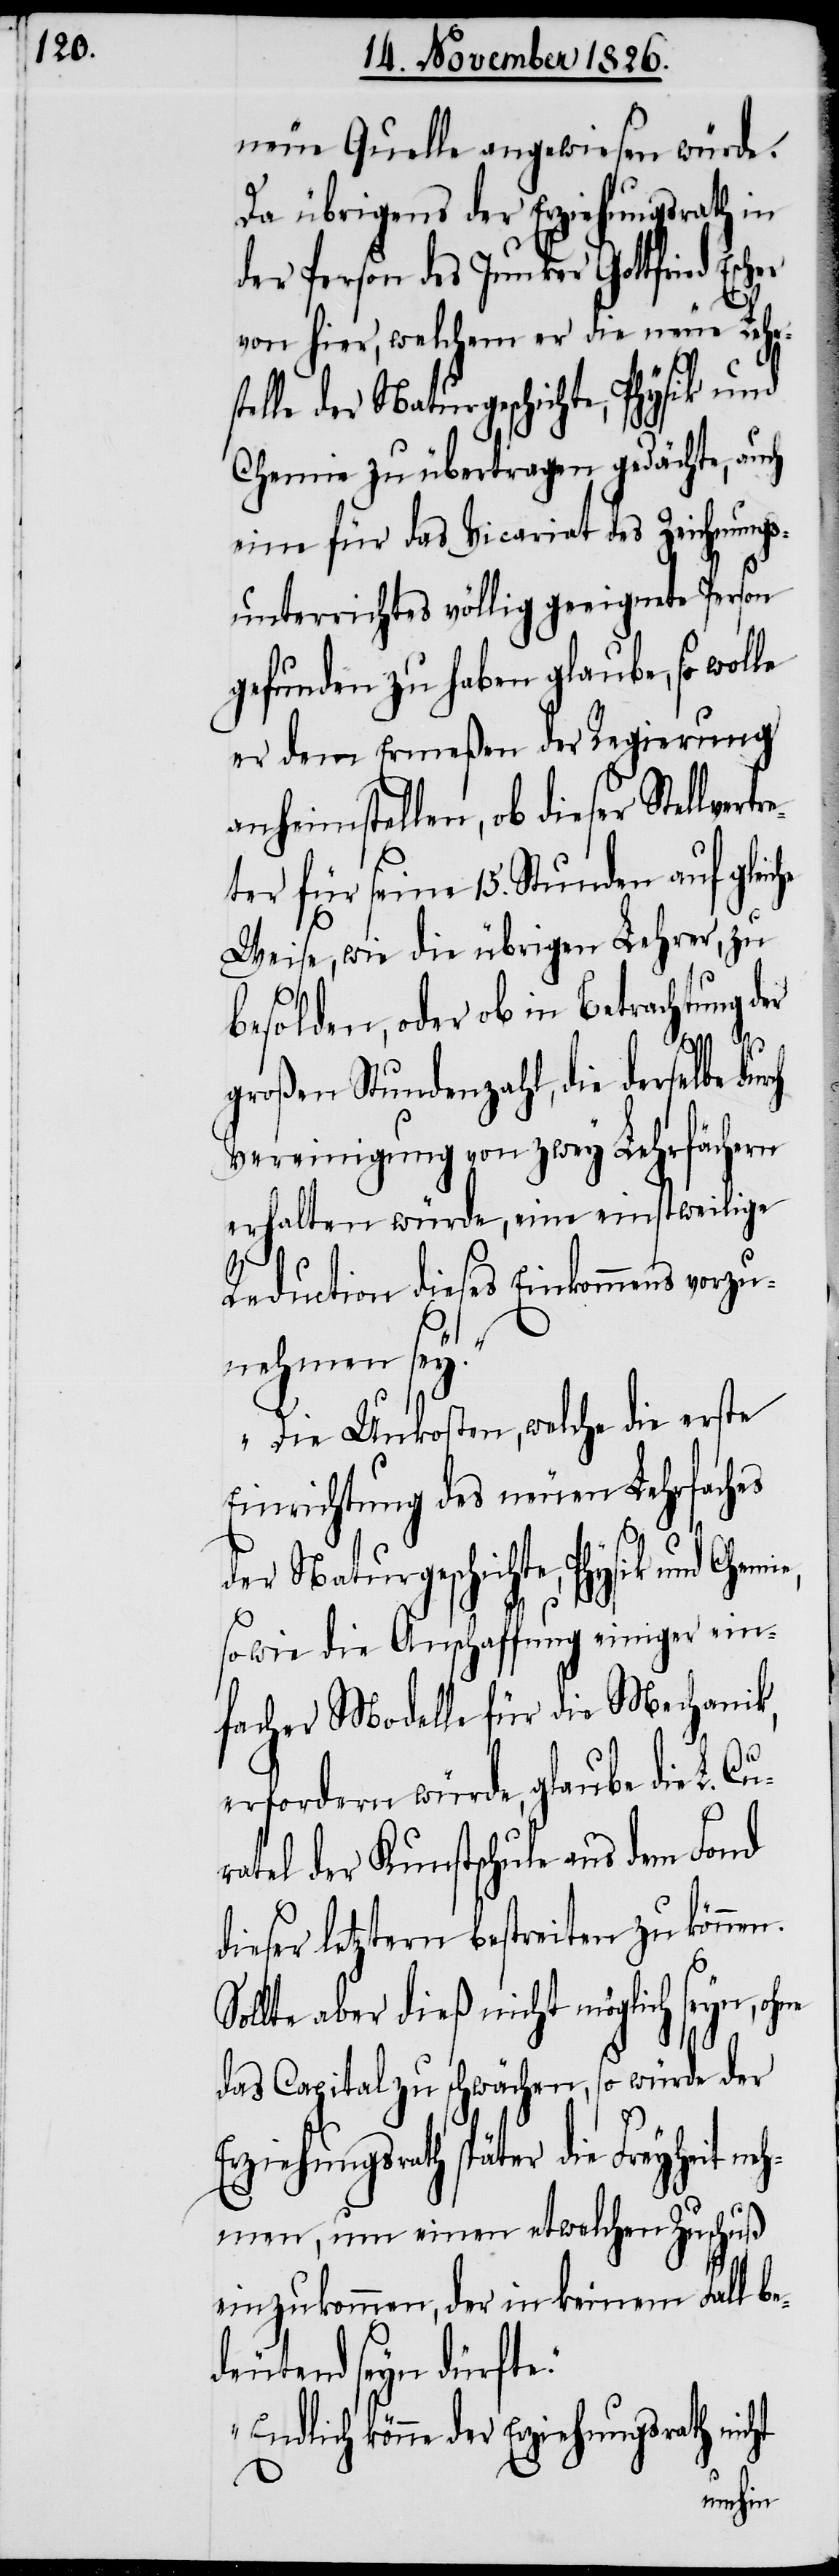
neue Quelle angewiesen würde.
Da übrigens der Erziehungsrath in
der Person des Junker Gottfried
von hier, welchem er die neue Leh¬
elle der Naturgeschichte, Physik und
Chemie zu übertragen gedächte, auch
eine für das Vicariat des Zeichnungs¬
unterrichtes völlig geeignete Person
gefunden zu haben glaube, so wolle
er dem Ermeßen der Regierung
anheimstellen, ob dieser Stellver¬
ter für seine 15. Stunden auf gleic¬
Weise, wie die übrigen Lehrer, zu
besolden, oder ob in Betrachtung d¬
großen Stundenzahl, die derselbe du¬
Vereinigung von zwey Lehrfächern
erhalten würde, eine einstweilige
Reduction dieses Einkommens vorzu¬
nehmen sey.
Die Unkosten, welche die erste
Einrichtung des neuen Lehrfaches
der Naturgeschichte, Physik und Chemi¬
e¬
sowie die Anschaffung einiger ein¬
facher Modelle für die Mechanik,
erfordern würde, glaube die L.
atel der Kunstschule aus dem Fond
dieser letztern bestreiten zu können.
Sollte aber dieß nicht möglich seyn, ohne
das Capital zu schwächen, so würde der
Erziehungsrath später die Freyheit ne¬
hmen, um einen etwelchen Zuschuß
einzukommen, der in keinem Fall b¬
deutend seyn dürfte.
könne der Erziehungsrath nicht